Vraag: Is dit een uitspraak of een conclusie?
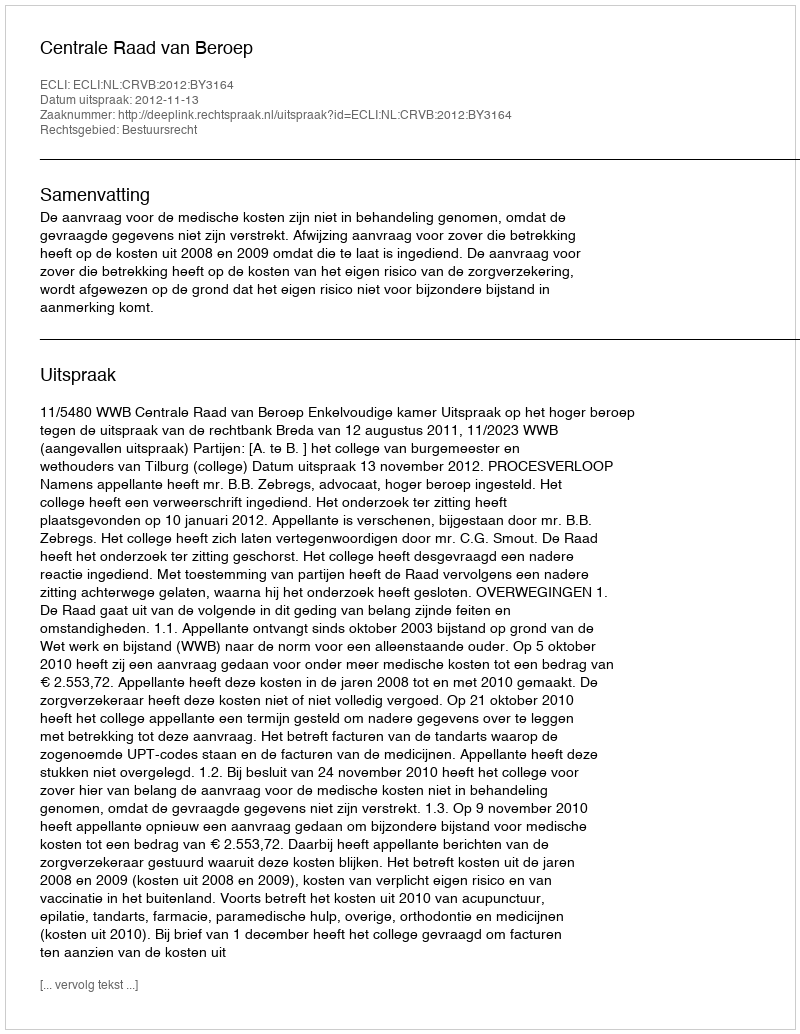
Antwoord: Uitspraak